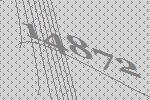
14872